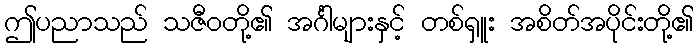
ဤပညာသည် သဇီဝတို့၏ အင်္ဂါများနှင့် တစ်ရှူး အစိတ်အပိုင်းတို့၏